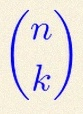
\binom{n}{k}